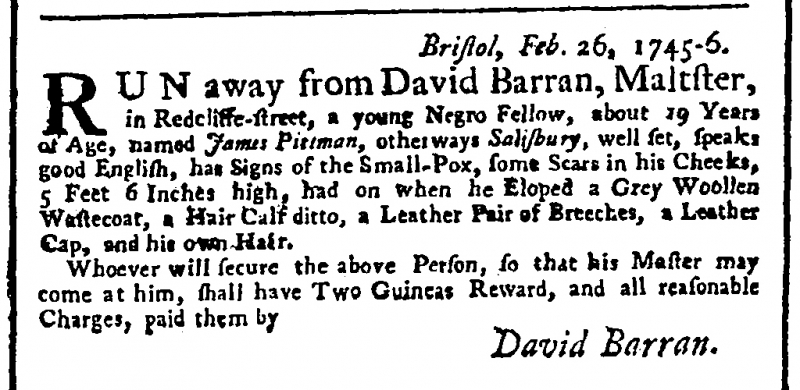
General Advertiser (1744), 6 March 1746 (England)
                           Bristol, Feb. 26, 1745-6.RUN away from David Barran, Maltster, in Redcliffe-street, a young Negro Fellow, about 19 Years of Age, named James Pittman, otherways Salisbury, well set, speaks good English, has Signs of the Small-Pox, some Scars in his Cheeks, 5 Feet 6 Inches high, had on when he Eloped a Grey Woollen Wastecoat, a Hair Calf ditto, a Leather Pair of Breeches, a Leather Cap, and his own Hair.  Whoever will secure the above Person, so that his Master may come at him, shall have Two Guineas Reward, and all reasonable Charges, paid them by                                                               David Barran.